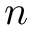
n